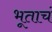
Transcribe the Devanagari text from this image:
भूताचं